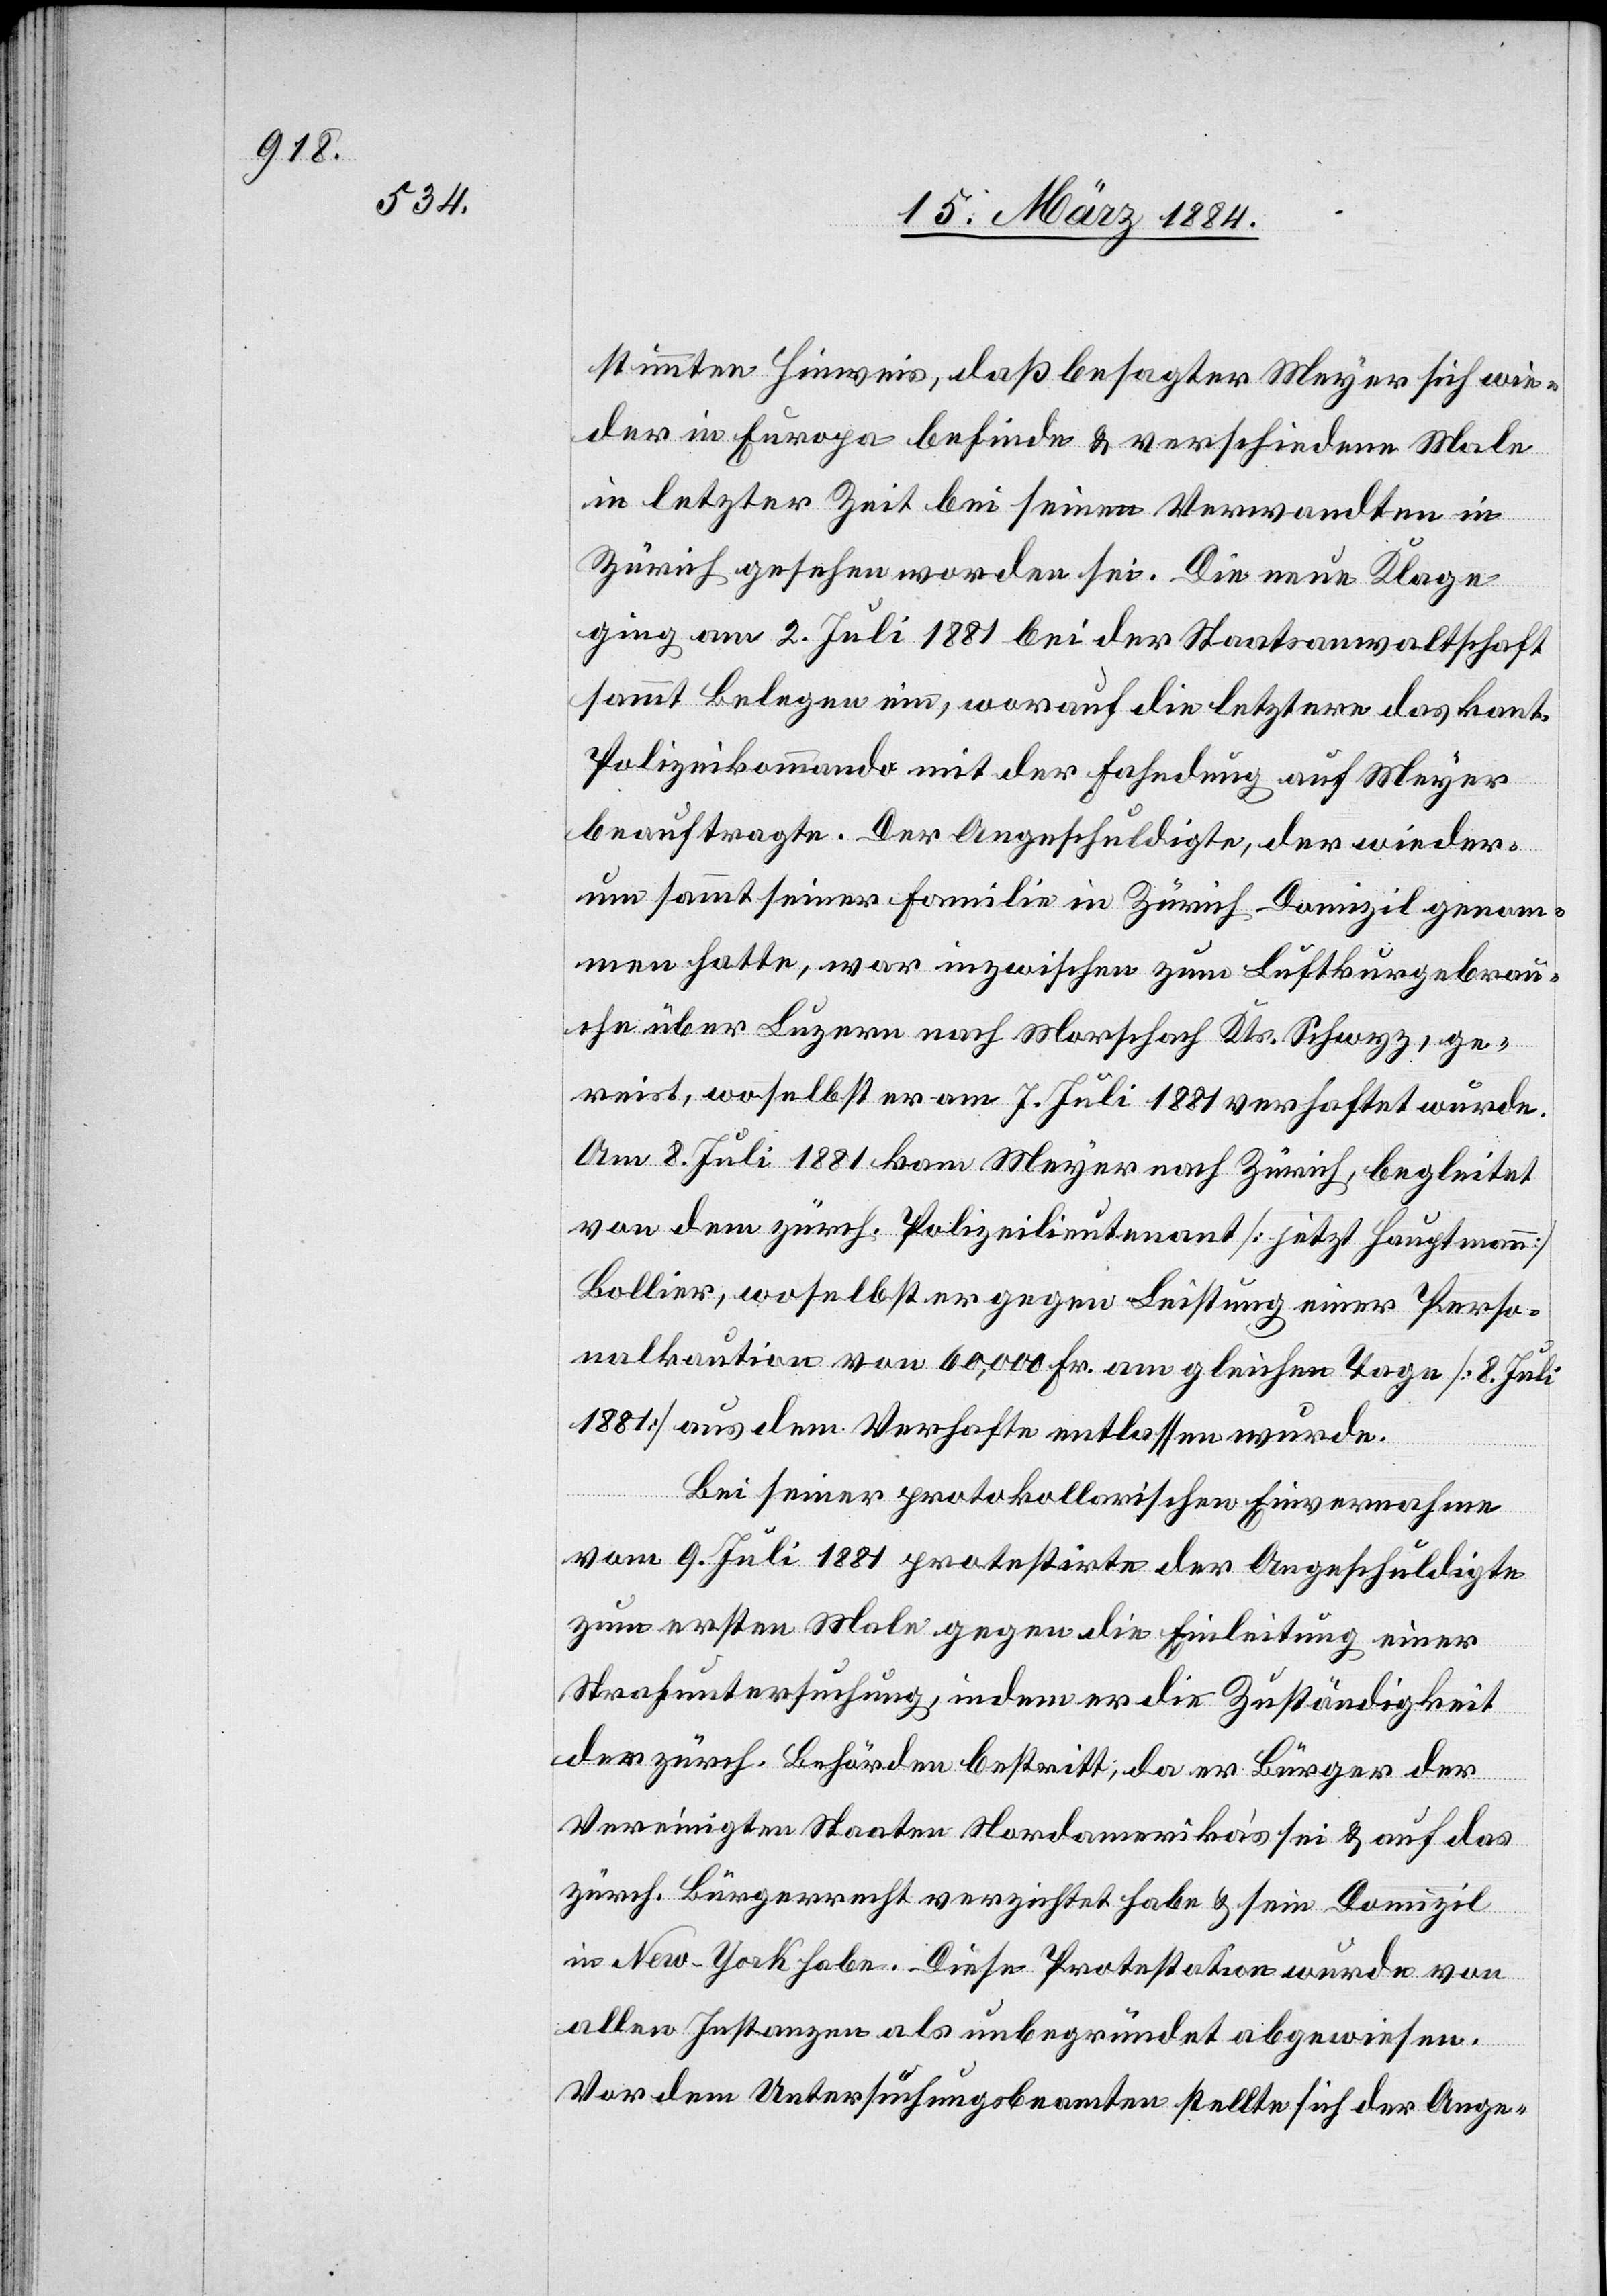
stimmten Hinweis, daß besagter Meyer sich wie¬
der in Europa befinde & verschiedene Male
in letzter Zeit bei seinen Verwandten in
Zürich gesehen worden sei. Die neue Klage
ging am 2. Juli 1881 bei der Staatsanwaltschaft
sammt Belegen ein, worauf die letztere das kant.
Polizeikommando mit der Fahndung auf Meyer
beauftragte. Der Angeschuldigte, der wieder¬
um sammt seiner Familie in Zürich Domizil genom¬
men hatte, war inzwischen zum Luftkurgebrau¬
che über Luzern nach Morschach Kts. Schwyz, ge¬
reist, woselbst er am 7. Juli 1881 verhaftet wurde.
Am 8. Juli 1881 kam Meyer nach Zürich, begleitet
von dem Zürch. Polizeilieutenant [jetzt Hauptmann]
Bollier, woselbst er gegen Leistung einer Perso¬
nalkaution von 60,000 Fr. am gleichen Tage [8. Juli
1881] aus dem Verhafte entlassen wurde.
Bei seiner protokollarischen Einvernahmen
vom 9. Juli 1991 protestirte der Angeschuldigte
zum ersten Male gegen die Einleitung einer
Strafuntersuchung, indem er die Zuständigkeit
der zürch. Behörden bestritt; da er Bürger der
Vereinigten Staaten Nordamerikas sei & auf das
zürch. Bürgerrecht verzichtet habe & sein Domizil
in New-York habe. Diese Protestation wurde von
allen Instanzen als unbegründet abgewiesen.
Vor dem Untersuchungsbeamten stellte sich der Ange-